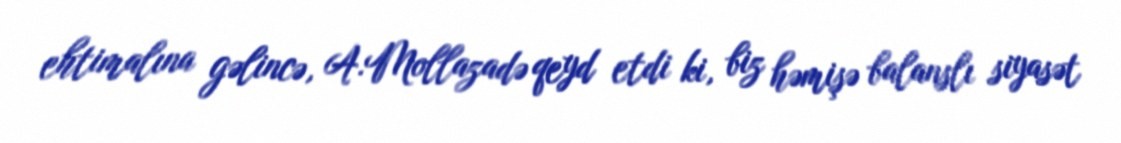
ehtimalına gəlincə, A.Mollazadə qeyd etdi ki, biz həmişə balanslı siyasət